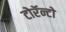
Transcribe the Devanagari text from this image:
टोरॅन्टो